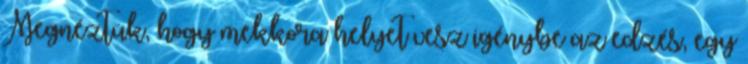
Megnéztük, hogy mekkora helyet vesz igénybe az edzés, egy